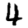
Digit: 4